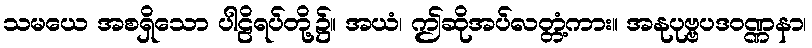
သမယေ အစရှိသော ပါဠိရပ်တို့၌။ အယံ၊ ဤဆိုအပ်လတ္တံ့ကား။ အနုပုဗ္ဗပဒဝဏ္ဏနာ၊